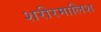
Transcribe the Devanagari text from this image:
शरीरमालिश